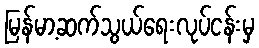
မြန်မာ့ဆက်သွယ်ရေးလုပ်ငန်းမှ